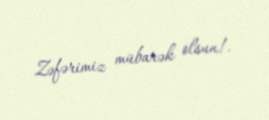
Zəfərimiz mübarək olsun!.